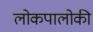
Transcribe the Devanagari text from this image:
लोकपालोकी